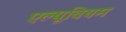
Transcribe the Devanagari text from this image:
एल्यूवियम